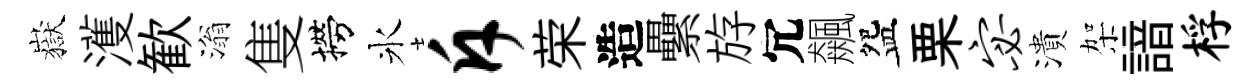
嶽濩歓滃隻撈氷斥荣造纍斿冗飆盌栗宓潰架諳桴